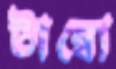
টাম্বো